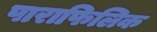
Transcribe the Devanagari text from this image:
पाराफिलिक